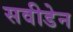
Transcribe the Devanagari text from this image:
सवीडेन